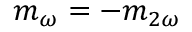
m _ { \omega } = - m _ { 2 \omega }